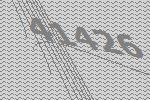
41426